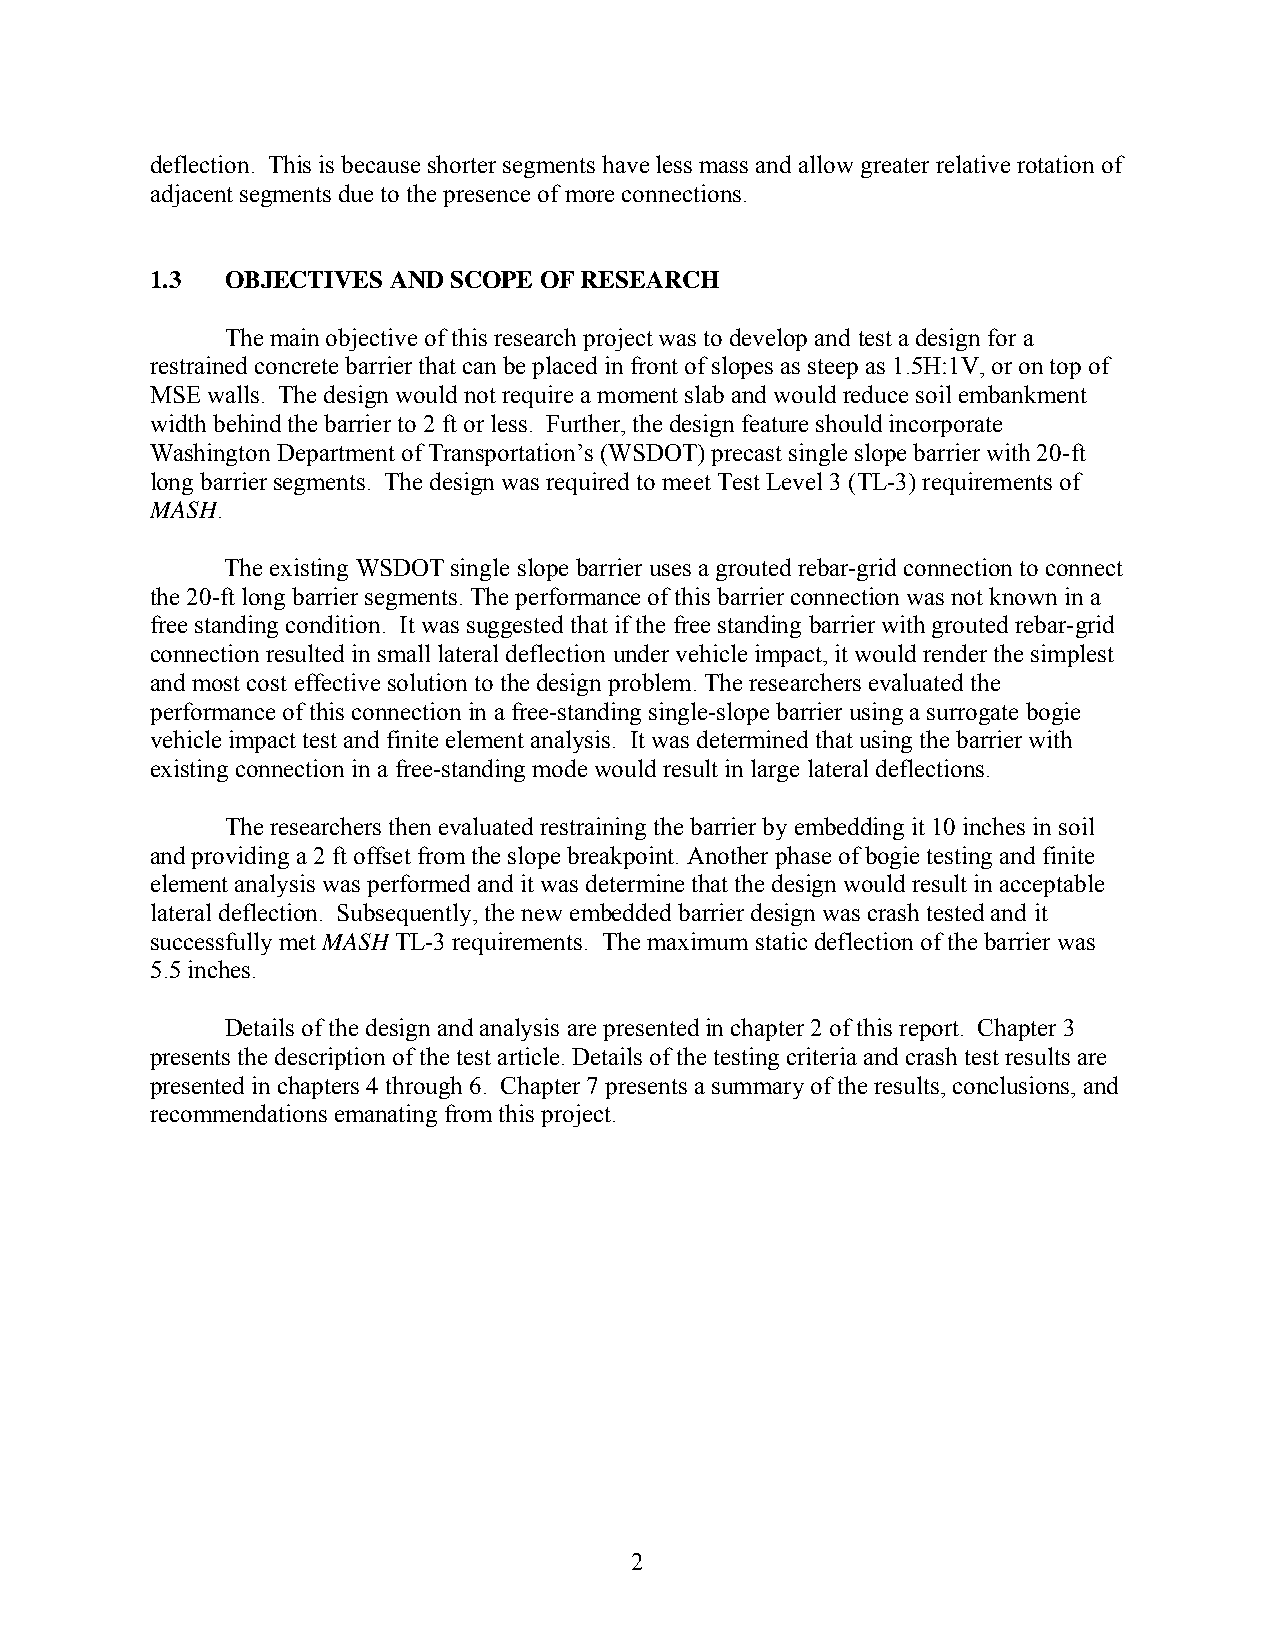
deflection. This is because shorter segments have less mass and allow greater relative rotation of
 adjacent segments due to the presence of more connections.
 1.3  OBJECTIVES AND SCOPE OF RESEARCH
 The main objective of this research project was to develop and test a design for a
 restrained concrete barrier that can be placed in front of slopes as steep as 1.5H:1V, or on top of
 MSE walls. The design would not require a moment slab and would reduce soil embankment
 width behind the barrier to 2 ft or less. Further, the design feature should incorporate
 Washington Department of Transportation’s (WSDOT) precast single slope barrier with 20-ft
 long barrier segments. The design was required to meet Test Level 3 (TL-3) requirements of
 MASH.
 The existing WSDOT single slope barrier uses a grouted rebar-grid connection to connect
 the 20-ft long barrier segments. The performance of this barrier connection was not known in a
 free standing condition. It was suggested that if the free standing barrier with grouted rebar-grid
 connection resulted in small lateral deflection under vehicle impact, it would render the simplest
 and most cost effective solution to the design problem. The researchers evaluated the
 performance of this connection in a free-standing single-slope barrier using a surrogate bogie
 vehicle impact test and finite element analysis. It was determined that using the barrier with
 existing connection in a free-standing mode would result in large lateral deflections.
 The researchers then evaluated restraining the barrier by embedding it 10 inches in soil
 and providing a 2 ft offset from the slope breakpoint. Another phase of bogie testing and finite
 element analysis was performed and it was determine that the design would result in acceptable
 lateral deflection. Subsequently, the new embedded barrier design was crash tested and it
 successfully met MASH TL-3 requirements. The maximum static deflection of the barrier was
 5.5 inches.
 Details of the design and analysis are presented in chapter 2 of this report. Chapter 3
 presents the description of the test article. Details of the testing criteria and crash test results are
 presented in chapters 4 through 6. Chapter 7 presents a summary of the results, conclusions, and
 recommendations emanating from this project.
 2